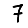
Digit: 7